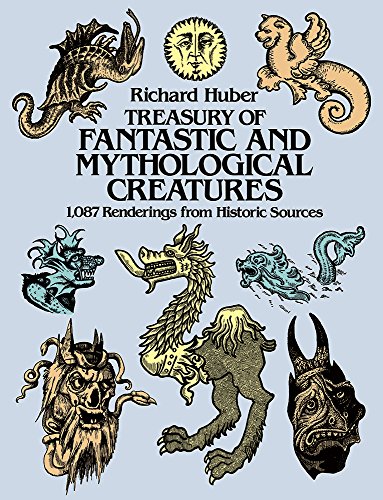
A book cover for Treasury of Fantastic and Mythological Creatures: 1,087 Renderings from Historic Sources (Dover Pictorial Archive); Richard Huber; Literature & Fiction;